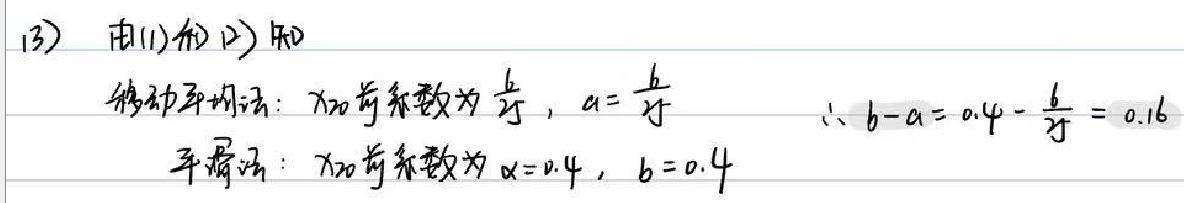
(3) 由(1)和(2)知
移动平均法：$X_{20}$ 趋势系数为 $\frac{b}{25}$，$a = \frac{b}{25}$  $\therefore b - a = 0.4-\frac{b}{25}=0.16$
平滑法：$X_{20}$ 趋势系数为 $\alpha = 0.4$，$b = 0.4$